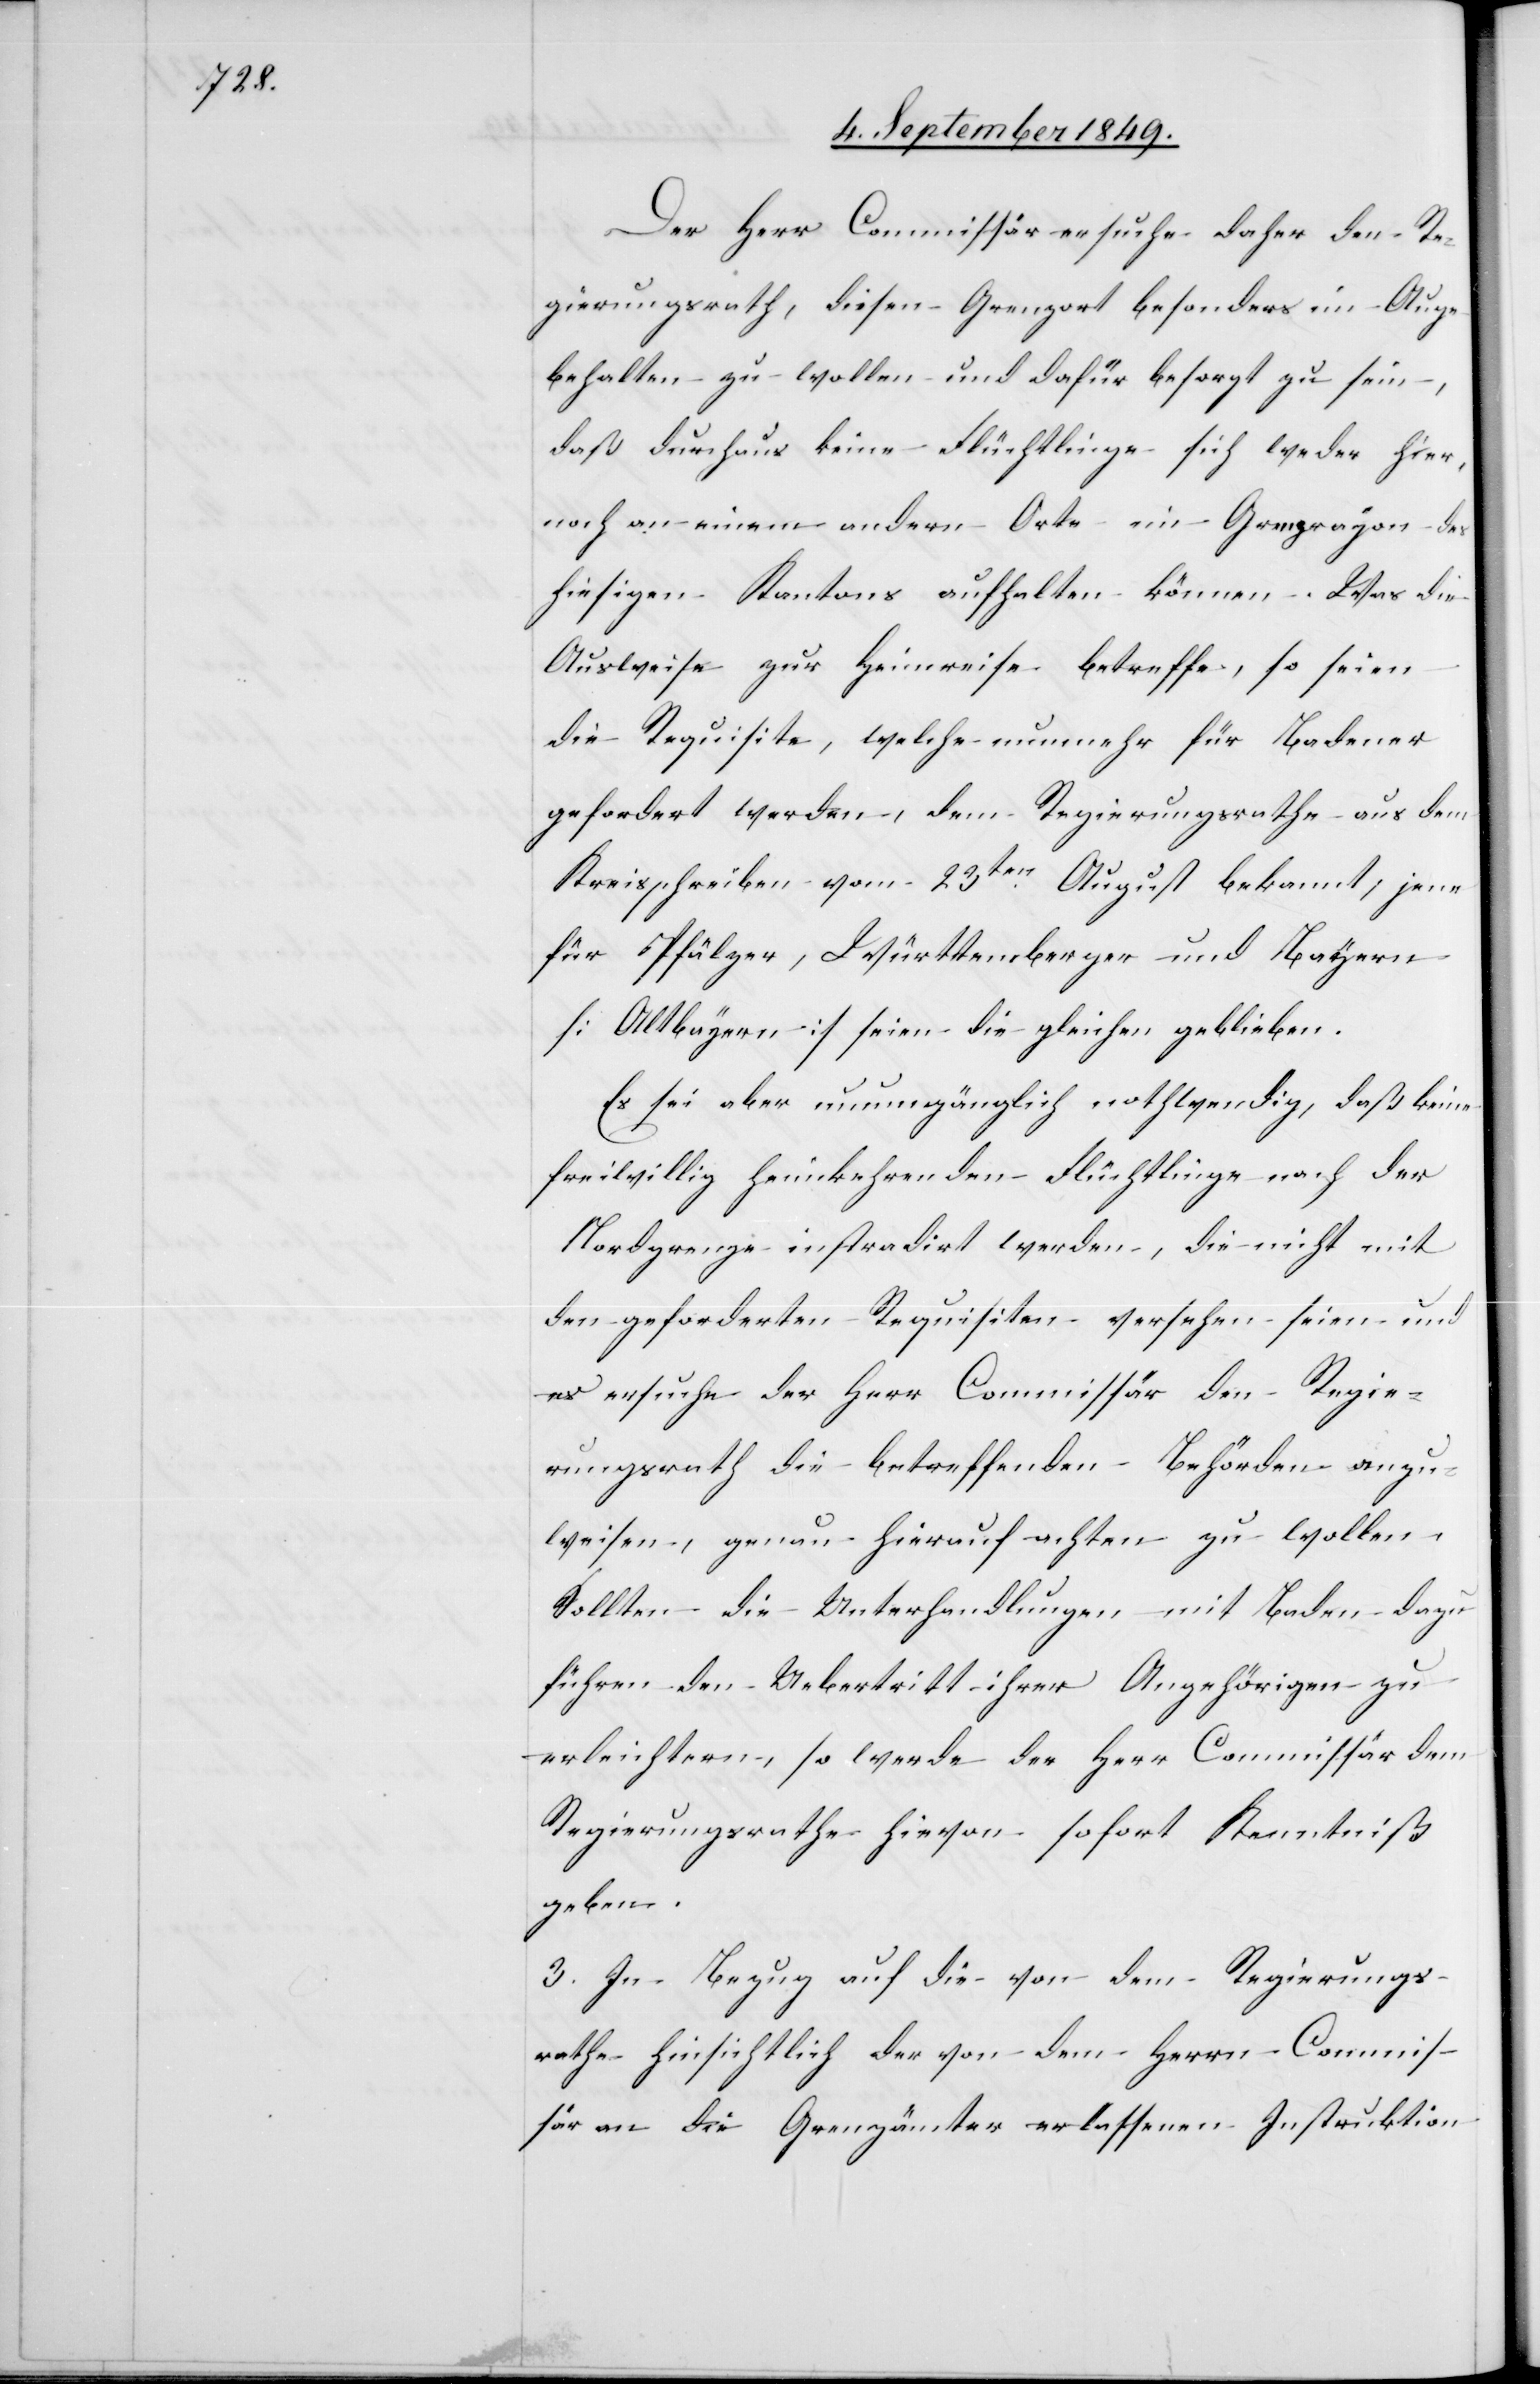
Der Herr Commissär ersuche daher den Re¬
gierungsrath, diesen Grenzort besonders im Auge
behalten zu wollen und dafür besorgt zu sein,
daß durchaus keine Flüchtlinge sich weder hier,
noch an einem andern Orte im Grenzrayon des
hiesigen Kantons aufhalten können. Was die
Ausweise zur Heimreise betreffe, so seien
die Requisite, welche nunmehr für Badener
gefordert werden, dem Regierungsrathe aus dem
Kreisschreiben vom 23ten August bekannt, jene
für Pfälzer, Württemberger und Bayern
[Altbayern] seien die gleichen geblieben.
Es sei aber unumgänglich nothwendig, daß keine
freiwillig heimkehrenden Flüchtlinge nach der
Nordgrenze instradirt werden, die nicht mit
den geforderten Requisiten versehen seien und
es ersuche der Herr Commissär den Regie¬
rungsrath die betreffenden Behörden anzu¬
weisen, genau hierauf achten zu wollen.
Sollten die Unterhandlungen mit Baden dazu
führen den Uebertritt ihrer Angehörigen zu
erleichtern, so werde der Herr Commissär dem
Regierungsrathe hievon sofort Kenntniß
geben.
3. In Bezug auf die von dem Regierungs¬
rathe hinsichtlich der von dem Herrn Commis¬
sär an die Grenzämter erlassenen Instruktion